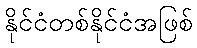
နိုင်ငံတစ်နိုင်ငံအဖြစ်